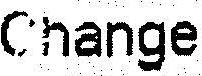
CHANGE